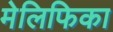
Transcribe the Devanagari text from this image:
मेलिफिका